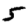
Digit: 5